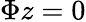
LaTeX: \Phi z=0